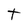
Character: t